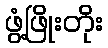
ဖွံ့ဖြိုးတိုး